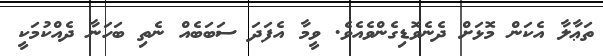
ތަޢާލާ އެކަން މޮޅަށް ދެނެވޮޑިގެންވެއެވެ. ވީމާ އެފަދަ ސަބަބެއް ނެތި ބަހަނާ ދެއްކުމަކީ